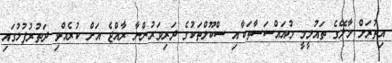
އިތުރަށް މާލޭގެ ތައުލީމީ މުއައްސަސާތަކާއި ސްކޫލްތަކުގެ ދަރިވަރުންނާ ރާއްޖެ އަށް ކުރެއްވި ދަތުރުފުޅުގައި